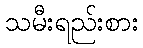
သမီးရည်းစား